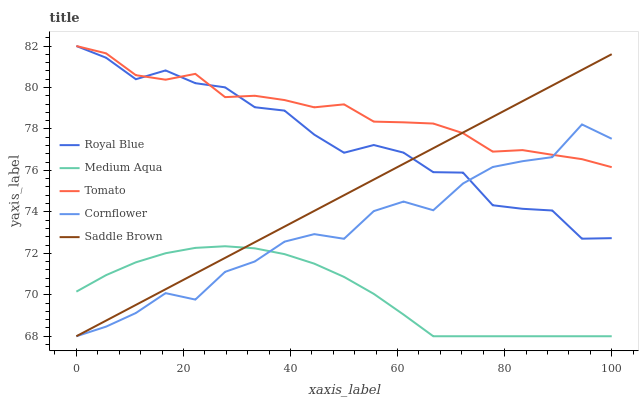
| xaxis_label | Royal Blue | Medium Aqua | Tomato | Cornflower | Saddle Brown |
 | --- | --- | --- | --- | --- | --- |
 | 0 | 82 | 70.2 | 82 | 68 | 68 |
 | 5.56 | 81.4 | 70.9 | 81.6 | 68.5 | 68.8 |
 | 11.1 | 80.4 | 71.6 | 80.6 | 69.1 | 69.5 |
 | 16.7 | 80.8 | 72 | 80.4 | 70.1 | 70.3 |
 | 22.2 | 80.2 | 72.3 | 80.7 | 69.8 | 71 |
 | 27.8 | 80 | 72.3 | 79.5 | 71.1 | 71.8 |
 | 33.3 | 79 | 72.2 | 79.6 | 71.6 | 72.5 |
 | 38.9 | 78.9 | 72 | 79.4 | 72.6 | 73.3 |
 | 44.4 | 77.7 | 71.5 | 79 | 72.9 | 74 |
 | 50 | 76.9 | 70.9 | 79.2 | 72.7 | 74.8 |
 | 55.6 | 77.2 | 70 | 78.4 | 74 | 75.6 |
 | 61.1 | 76.9 | 69 | 78.3 | 74.5 | 76.3 |
 | 66.7 | 75.9 | 68 | 78.3 | 74.1 | 77.1 |
 | 72.2 | 75.9 | 68 | 77.8 | 75.4 | 77.8 |
 | 77.8 | 74.3 | 68 | 76.9 | 76.2 | 78.6 |
 | 83.3 | 74.1 | 68 | 77 | 76.4 | 79.3 |
 | 88.9 | 74.1 | 68 | 76.8 | 76.6 | 80.1 |
 | 94.4 | 72.7 | 68 | 76.5 | 78.2 | 80.8 |
 | 100 | 72.7 | 68 | 76.2 | 77.5 | 81.6 |